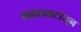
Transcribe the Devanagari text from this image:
भावच्छटांतून